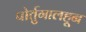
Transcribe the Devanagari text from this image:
पोर्तुगालहून